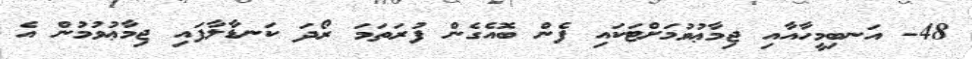
48- އަނބިމީހާއާއި ޖިމާޢުވުމަށްޓަކައި ފެން ބޮއެގެން ފުރަތަމަ ރޯދަ ކަނޑާލާފައި ޖިމާޢުވުމުން އެ